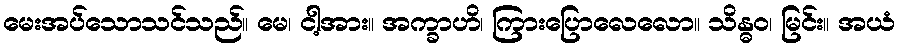
မေးအပ်သောသင်သည်။ မေ၊ ငါ့အား။ အက္ခာဟိ၊ ကြားပြောလေလော။ သိန္ဓဝ၊ မြင်း။ အယံ